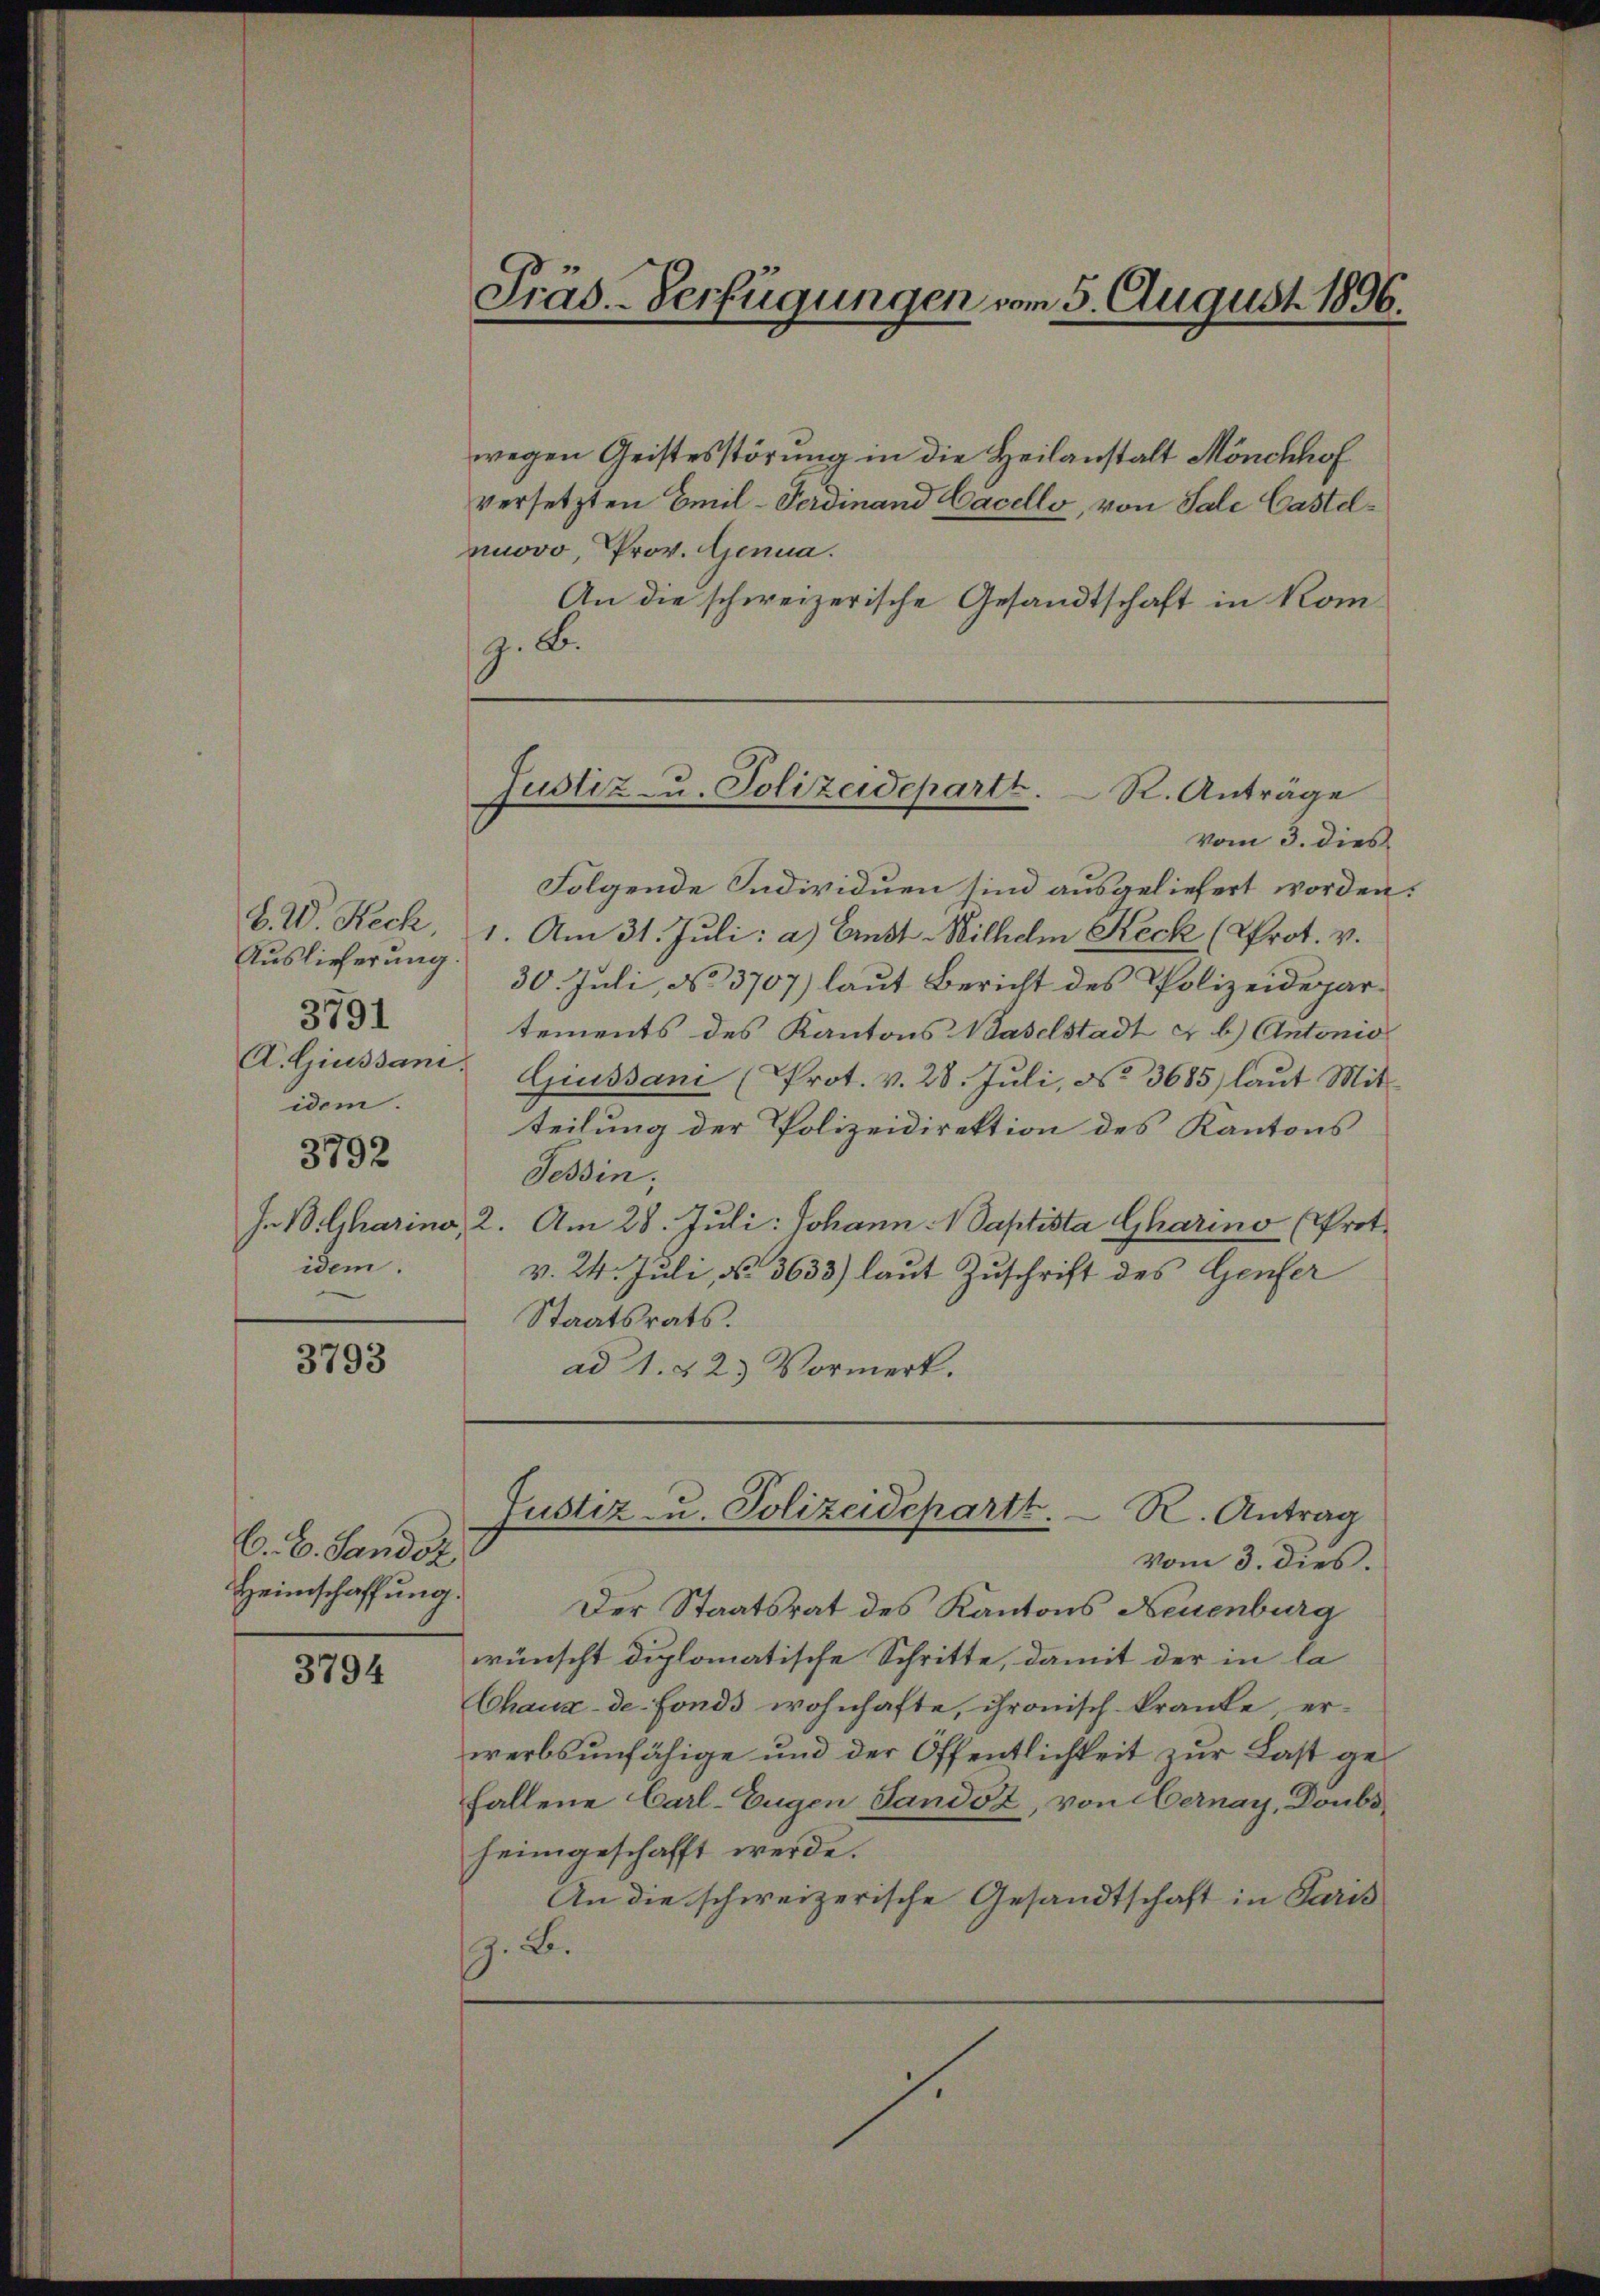
b. W. Rech
Auslieferung.
idem.
3792
idem.

3791

3793

C. C. Sandsz
Heimschaffung.

3794

Präs.-Verfügungen vom 5. August 1896.

z. B.

vom 3. dies
Folgende Individuen sind ausgeliefert worden.
1. Am 31. Juli: a.) Ernst Wilhem Keck (Prot. v.
30. Juli, No 3707) laut Bericht des Polizeidepartements des Kantons Baselstadt & b.) Antonio
A. Giussan Giussani (Prot. v. 28. Jŭli, No 3685) laŭt Mit-
teilung der Polizeidirektion des Kantons
Tessin;
In Bilharina, 2. Am 28. Juli: Johann - Daptista Gharino (Prot.
v. 24. Juli, No. 3633) laut Zuschrift des Genfer
Staatsrats.
ad 1. 223 Vormerk.

wegen Geistesstörung in die Heilanstalt Mönchhof
versetzten Emil-Ferdinand Cacello, von Sale Castelnuovo, Prov. Genua.
An die schweizerische Gesandtschaft in Kom¬

Justiz- u. Polizeidepartt. R. Anträge

Justiz u. Polizeidepartt. R. Antrag
vom 3. dies.

Der Staatsrat des Kantons Neuenburg
wünscht diplomatische Schritte, damit der in la
Chaux-de-Fonds wohnhafte, chronisch-kranke, er-
werbsunfähige und der Öffentlichkeit zur Last gefallene Carl-Eugen Sandot, von Hernay, Doubsheimgeschafft werde.
An die schweizerische Gesandtschaft in Paris
G. B.